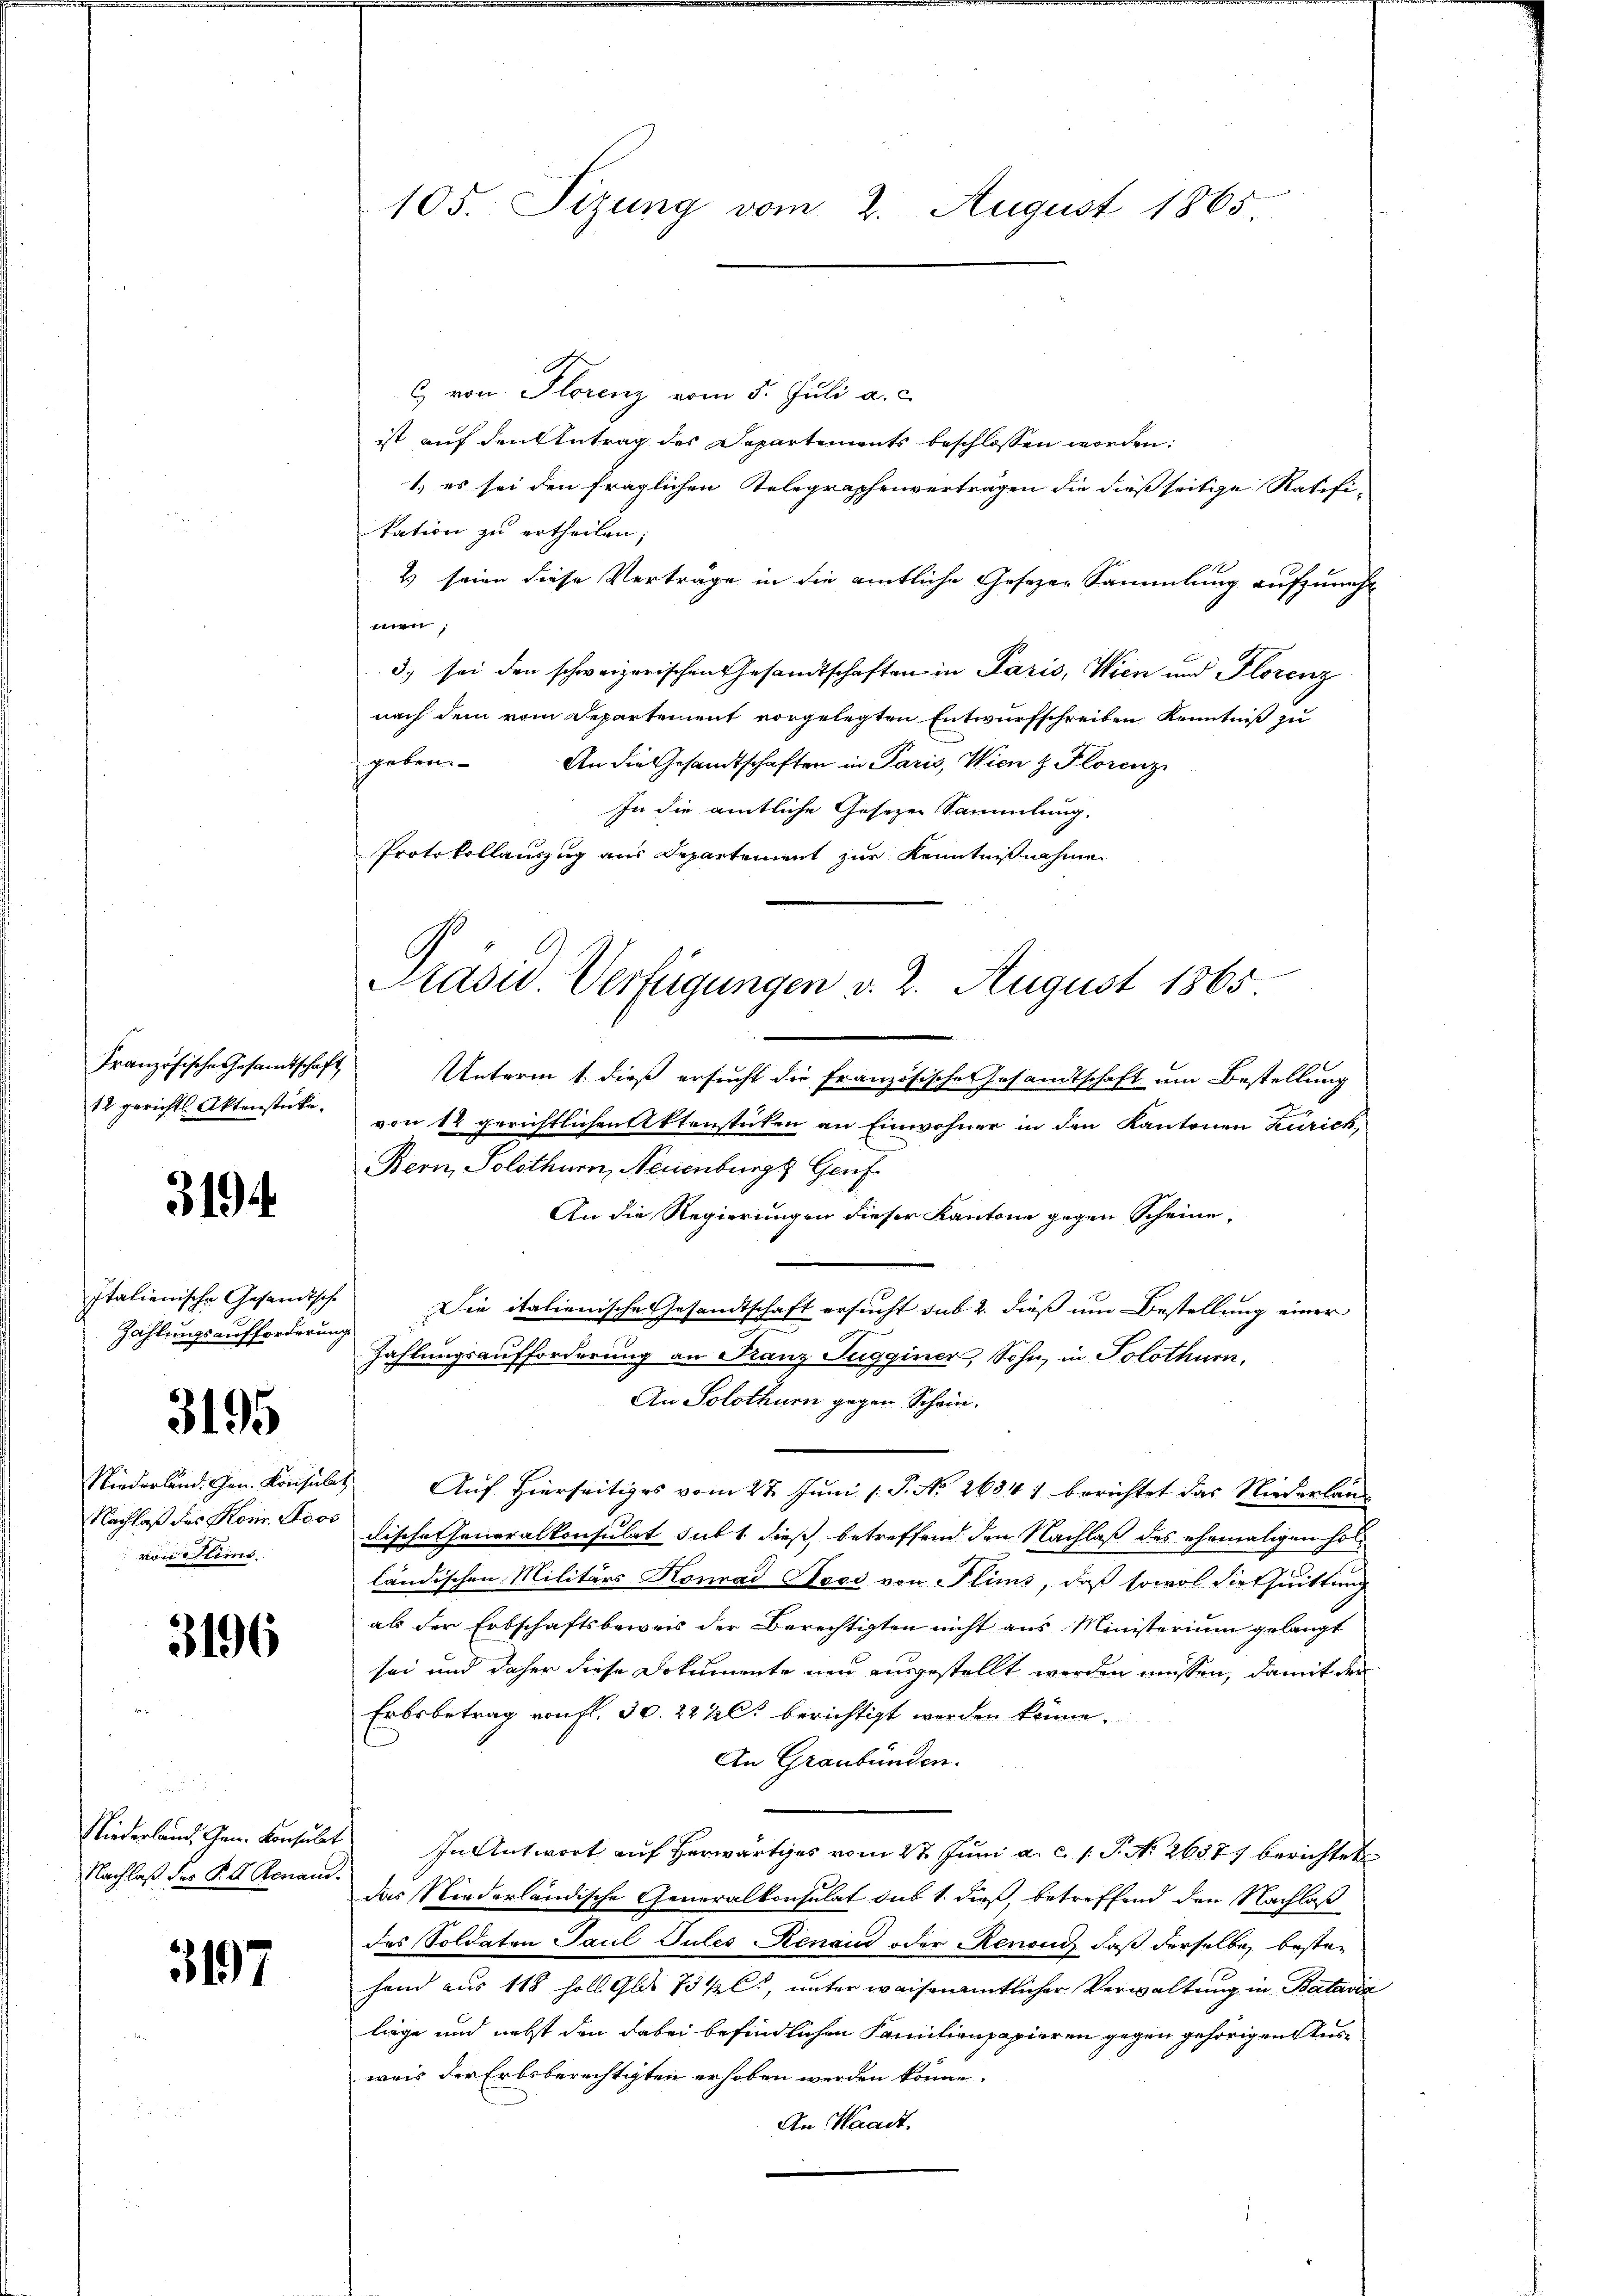
12 gerichts Aktenstücke.

3194

Italienische Gesandtsche
Zählungsaufforderung

3195

Niederland. Chrn. Konsul
Nachlaß das Kons. Stoos
von Stims

3196

Nachlaß des S. 4 Renau.

3197

C von Florenz vom 5. Juli a. c.
ist auf den Antrag des Departements beschlossen worden:
1.) es sei den fraglichen Telegraphenverträgen die dießseitige Ratifi-
kation zu ertheilen;
2) seien diese Verträge in die amtliche Gesezer Sammlung aufzuneh¬
;
3) sei den schweizerischen Gesandtschaften in Paris, Wien und Florenz
nach dem vom Departement vorgelegten Entwurfschreiben Kenntniß zu
geben. An die Gesandtschaften in Paris, Wien z. Florenz
In die amtliche Gesezen Sammlung,
Protokollauszug aus Departement zur Kenntnißnahme
Präsid. Verfügungen v. 2. August 1865.

105. Sizung vom 2. August 1865.

1

Französische Gesamtschaft Unterm 1. dieß ersucht die französisches Gesandtschaft um Bestellung
von 12 gerichtlichen Aktenstücken an Einwohner in den Kantonen Zürich,
Bern, Solothurn, Neuenburgs Genf
An die Regierungen dieser Kantone gegen Scheine,
Die italienische Gesandtschaft ersucht sub 2. dieß um Bestellung einer
Zahlungsaufforderung an Franz Sugginier, Sohn, in Solothurn,
An Solothurn gegen Schein.
28. Auf Hierseitiges vom 27. Juni l. P. No 26347 berichtet das Niederlan
dische Generalkonsulat sub 1. dieß betreffend den Nachlaß des ehemaligen Ho
ländischen Militärs Konrad Tocs von Flims, daß sowol die thuittung
als der Erbschaftsbeweis der Berechtigten nicht aus Ministerium gelangt
sei und daher diese Dokumente neu ausgestellt werden müssen, damit der
Erbsbetrag von fl. 30. 222 berichtigt werden könne.
An Graubünden.
Niederland, Gen. Konsulat In Antwort auf Herwärtiges vom 27. Juni a. c. s. S. No. 26577 berichtet
das Niederländische Generalkonsulat sub 1. dieß, betreffend den Nachlaß
des Soldaten Paul Gutes Renaud oder Renaud, daß derselbe bestehand aus 118 holl Gls 75 1/2 C., unter weisenamtlicher Verwaltung in Batavia
liege und nebst den dabei befindlichen Familienpapieren gegen gehörigen Ausweis der Erbsberechtigten erhoben werden könne.
An Waadt.